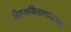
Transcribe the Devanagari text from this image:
शिष्यवित्तापहारकाः